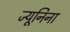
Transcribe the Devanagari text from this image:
ज्यूनिना